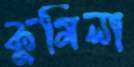
কুমিলা